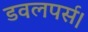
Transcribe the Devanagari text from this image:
डवलपर्स।